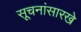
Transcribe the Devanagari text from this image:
सूचनांसारखे